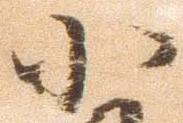
小